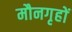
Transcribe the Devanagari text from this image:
मौनगृहों